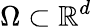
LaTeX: \Omega\subset\mathbb{R}^{d}